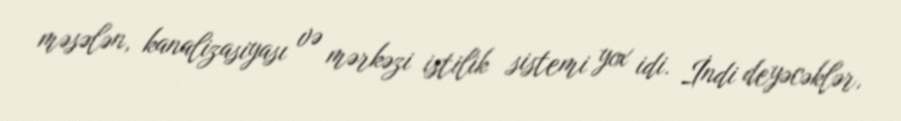
məsələn, kanalizasiyası və mərkəzi istilik sistemi yox idi. İndi deyəcəklər,